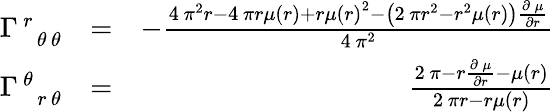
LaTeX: \begin{array}{rlr}{\Gamma_{\phantom{\, r}\, {\theta}\, {\theta}}^{\, r\phantom{\, {\theta}}\phantom{\, {\theta}}}}&{=}&{-\frac{4\, \pi^{2}r-4\, \pi r\mu\left(r\right)+r\mu\left(r\right)^{2}-{\left(2\, \pi r^{2}-r^{2}\mu\left(r\right)\right)}\frac{\partial\, \mu}{\partial r}}{4\, \pi^{2}}}\\ {\Gamma_{\phantom{\, {\theta}}\, r\, {\theta}}^{\, {\theta}\phantom{\, r}\phantom{\, {\theta}}}}&{=}&{\frac{2\, \pi-r\frac{\partial\, \mu}{\partial r}-\mu\left(r\right)}{2\, \pi r-r\mu\left(r\right)}}\end{array}